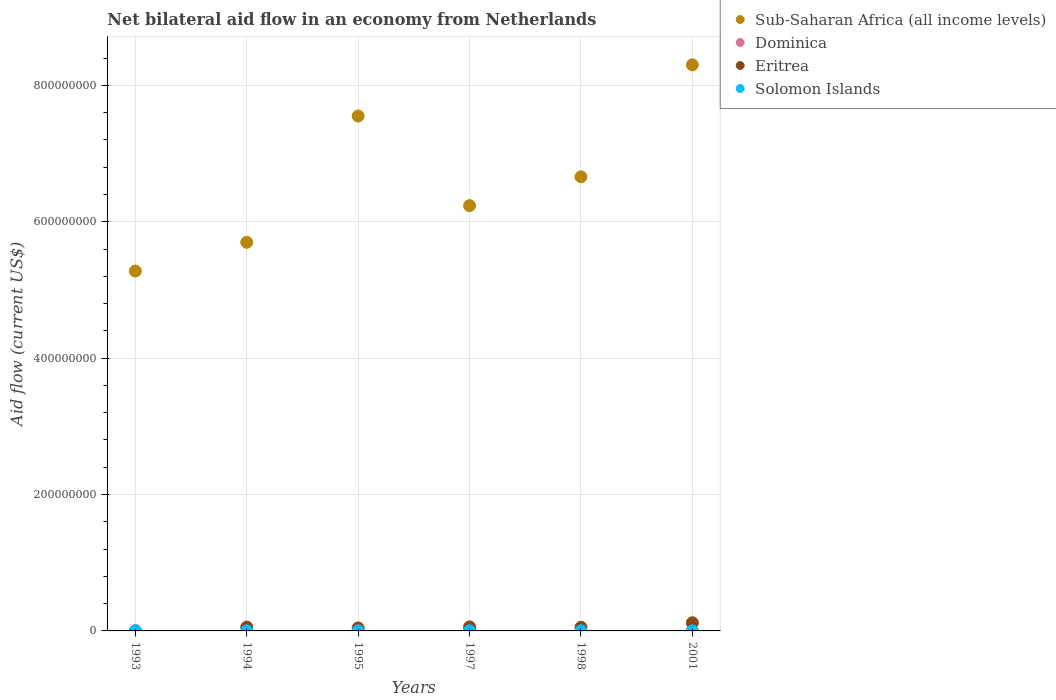
| Years | Sub-Saharan Africa (all income levels) | Dominica | Eritrea | Solomon Islands |
 | --- | --- | --- | --- | --- |
 | 1993 | 5.28e+08 | 1.4e+05 | 3e+04 | 1.8e+05 |
 | 1994 | 5.7e+08 | 1.7e+05 | 5.6e+06 | 1.3e+05 |
 | 1995 | 7.55e+08 | 2.3e+05 | 4.35e+06 | 1.4e+05 |
 | 1997 | 6.24e+08 | 1.5e+05 | 5.87e+06 | 2e+05 |
 | 1998 | 6.66e+08 | 2.1e+05 | 5.31e+06 | 1.3e+05 |
 | 2001 | 8.3e+08 | 1e+04 | 1.19e+07 | 7e+04 |